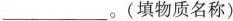
___。(填物质名称)